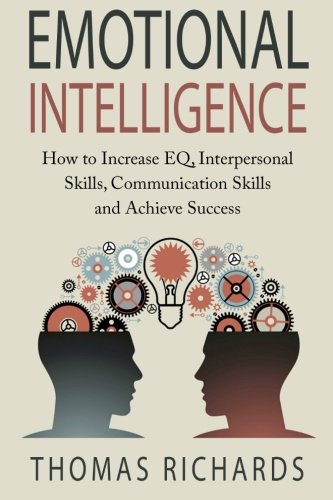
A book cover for Emotional Intelligence: How to Increase EQ, Interpersonal Skills, Communication Skills and Achieve Success; Thomas Richards; Self-Help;